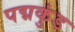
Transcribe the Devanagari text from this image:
पद्मकुंड